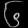
Digit: ၆